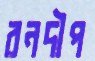
রনদীপ